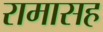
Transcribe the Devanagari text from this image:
रामासह